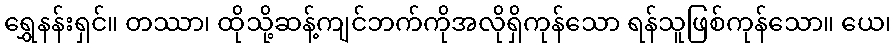
ရွှေနန်းရှင်။ တဿာ၊ ထိုသို့ဆန့်ကျင်ဘက်ကိုအလိုရှိကုန်သော ရန်သူဖြစ်ကုန်သော။ ယေ၊